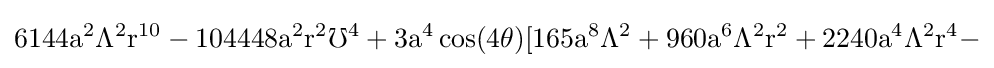
{\rm {6144a^{2}\Lambda ^{2}r^{10}-104448a^{2}r^{2}\mho ^{4}+3a^{4}\cos(4\theta )[165a^{8}\Lambda ^{2}+960a^{6}\Lambda ^{2}r^{2}+2240a^{4}\Lambda ^{2}r^{4}-}}